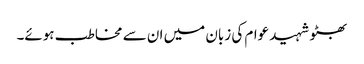
بھٹو شہید عوام کی زبان میں ان سے مخاطب ہوئے۔